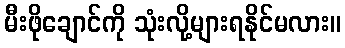
မီးဖိုချောင်ကို သုံးလို့များရနိုင်မလား။